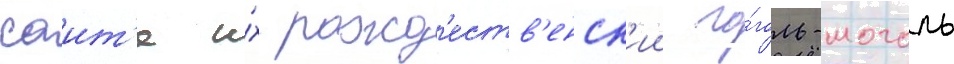
саит'е и́х рожд'еств'енск'ии го́голь-моголь